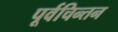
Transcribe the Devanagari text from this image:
पूर्वचिन्तन